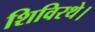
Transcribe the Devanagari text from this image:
शिविरथे।